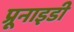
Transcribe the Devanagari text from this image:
प्रूनाइडी